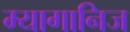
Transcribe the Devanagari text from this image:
म्यागानिज